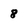
Character: 8